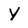
Character: Y